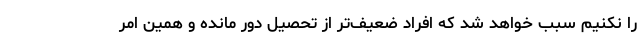
را نکنیم سبب خواهد شد که افراد ضعیف‌تر از تحصیل دور مانده و همین امر